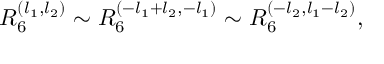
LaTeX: R _ { 6 } ^ { ( l _ { 1 } , l _ { 2 } ) } \sim R _ { 6 } ^ { ( - l _ { 1 } + l _ { 2 } , - l _ { 1 } ) } \sim R _ { 6 } ^ { ( - l _ { 2 } , l _ { 1 } - l _ { 2 } ) } ,